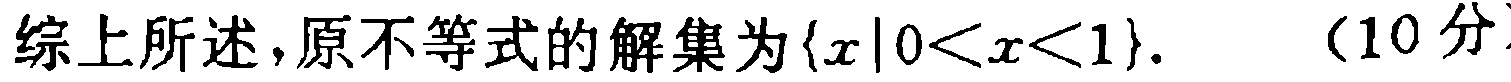
综上所述，原不等式的解集为\(\{x|0<x<1\}.\) （10分）